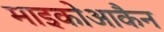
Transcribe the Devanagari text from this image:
माइकोआकैन